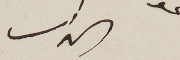
الداعى